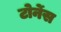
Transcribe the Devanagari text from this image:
टोर्नेस